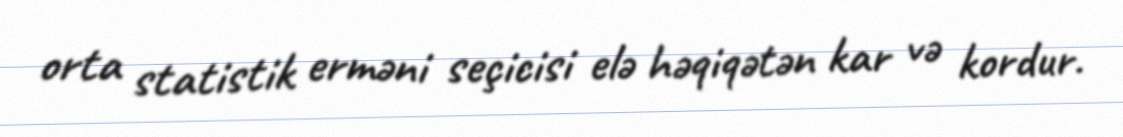
orta statistik erməni seçicisi elə həqiqətən kar və kordur.